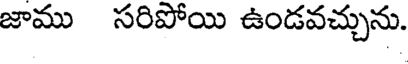
జాము సరిపోయి ఉండవచ్చును.